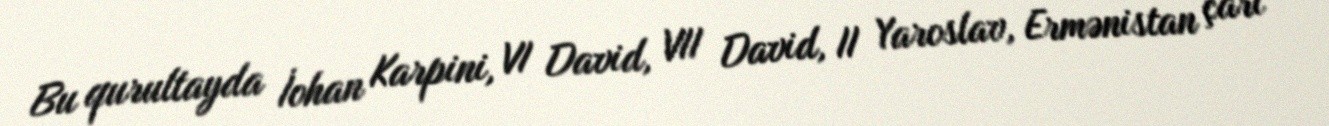
Bu qurultayda İohan Karpini, VI David, VII David, II Yaroslav, Ermənistan çarı